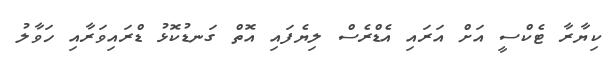
ކިޔާރާ ޓެކްސީ އަށް އަރައި އެޑްރެސް ލިޔެފައި އޮތް ގަނޑުކޮޅު ޑްރައިވަރާއި ހަވާލު